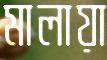
মালায়া